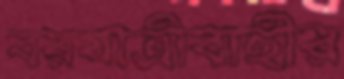
বরযাত্রীবাহীর